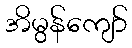
အိမွန်ကျော်